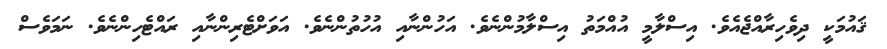
ޤައުމަކީ ދިވެހިރާއްޖެއެވެ. އިސްލާމީ އުއްމަތު އިސްލާމުންނެވެ. އަހުންނާއި އުހުތުންނެވެ. އަވަށްޓެރިންނާއި ރައްޓެހިންނެވެ. ނަމަވެސް